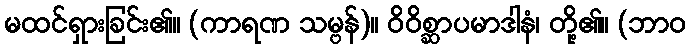
မထင်ရှားခြင်း၏။ (ကာရဏ သမ္ဗန်)။ ဝိဝိစ္ဆာပမာဒါနံ၊ တို့၏။ (ဘာဝ